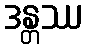
ဒန္တဿ